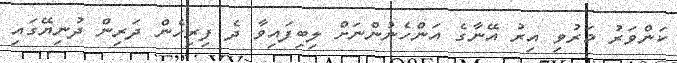
ކަންވަރު މަރުވި އިރު އޭނާގެ އަންހެނުންނަށް ލިބިފައިވާ ދެ ފިރިހެން ދަރިން ދުނިޔޭގައި